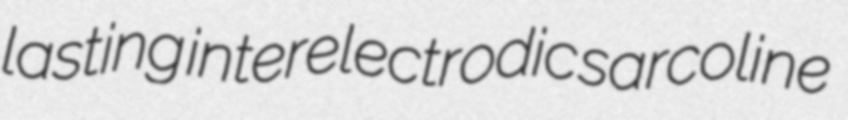
lasting interelectrodic sarcoline